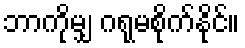
ဘာကိုမျှ ဂရုမစိုက်နိုင်။